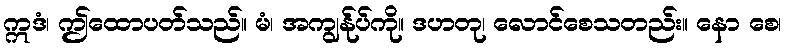
ဣဒံ၊ ဤထောပတ်သည်။ မံ၊ အကျွန်ုပ်ကို။ ဒဟတု၊ လောင်စေသတည်း။ နော စေ၊